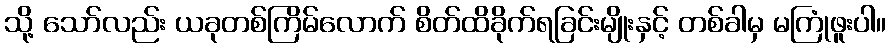
သို့ သော်လည်း ယခုတစ်ကြိမ်လောက် စိတ်ထိခိုက်ရခြင်းမျိုးနှင့် တစ်ခါမှ မကြုံဖူးပါ။